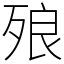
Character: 㱢